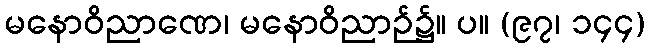
မနောဝိညာဏေ၊ မနောဝိညာဉ်၌။ ပ။ (၉၇၊ ၁၄၄)